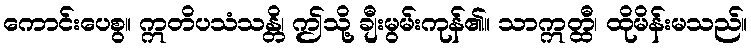
ကောင်းပေစွ။ ဣတိပသံသန္တိ၊ ဤသို့ ချီးမွမ်းကုန်၏။ သာဣတ္ထီ၊ ထိုမိန်းမသည်။